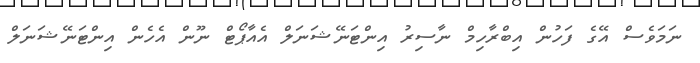
ނަމަވެސް އޭގެ ފަހުން އިބްރާހިމް ނާސިރު އިންޓަނޭޝަނަލް އެއާޕޯޓް ނޫން އެހެން އިންޓަނޭޝަނަލް